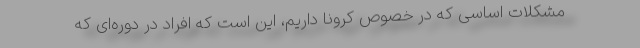
مشکلات اساسی که در خصوص کرونا داریم، این است که افراد در دوره‌ای که